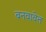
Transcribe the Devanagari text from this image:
बनवावेत